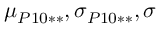
\mu _ { P 1 0 * * } , \sigma _ { P 1 0 * * } , \sigma